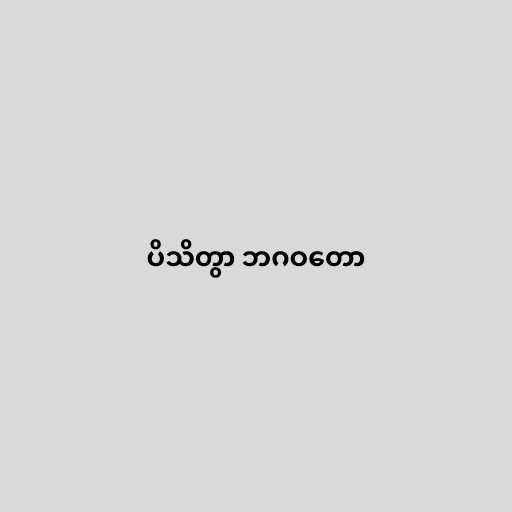
ပိသိတွာ ဘဂဝတော